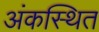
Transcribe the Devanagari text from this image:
अंकस्थित